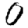
Digit: 0